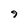
Character: 9